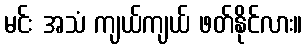
မင်း အသံ ကျယ်ကျယ် ဖတ်နိုင်လား။